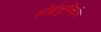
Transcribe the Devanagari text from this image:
सोईसुविधांचा